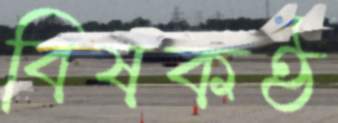
বিষকণ্ঠ